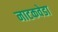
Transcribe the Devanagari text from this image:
नाटकवेडा